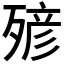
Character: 𣨹